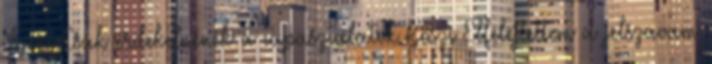
ilyen. Csak érdekelnének a tapasztalatok Köszi Elfelejtettem a jelszavam